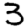
Digit: 3